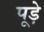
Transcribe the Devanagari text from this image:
पूड़े